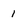
Character: I